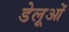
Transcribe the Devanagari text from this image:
डेलूओं